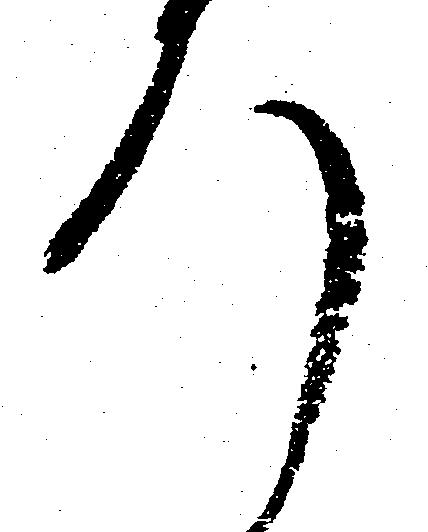
ろ